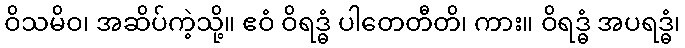
ဝိသမိဝ၊ အဆိပ်ကဲ့သို့။ ဧဝံ ဝိရဒ္ဓံ ပါတေတီတိ၊ ကား။ ဝိရဒ္ဓံ အပရဒ္ဓံ၊